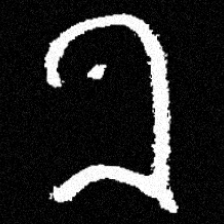
Pyu character \u2014 Myanmar letter: ခ (romanized: kha)